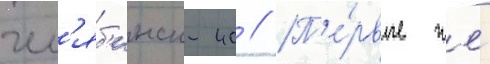
чел'яб'инск-40 // П'е́рвые же́